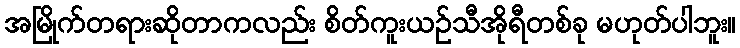
အမြိုက်တရားဆိုတာကလည်း စိတ်ကူးယဉ်သီအိုရီတစ်ခု မဟုတ်ပါဘူး။